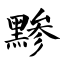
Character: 黪